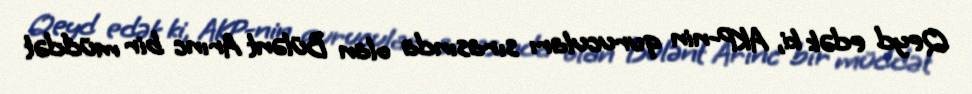
Qeyd edək ki, AKP-nin qurucuları sırasında olan Bülənt Arınc bir müddət